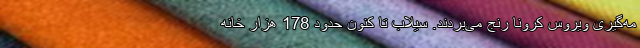
مه‌گیری ویروس کرونا رنج می‌بردند. سیلاب تا کنون حدود 178 هزار خانه